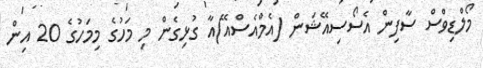
މޯލްޑިވްސް ސާފިން އެސޯސިއޭޝަން (އެމްއެސްއޭ)އާ ގުޅިގެން މި މަހުގެ މިމަހުގެ 20 އިން